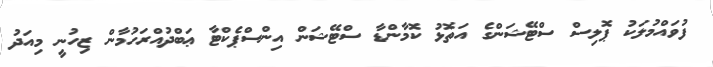
ފުވައްމުލަކު ޕޮލިސް ސްޓޭޝަންގެ އަތޮޅު ކޮމާންޑާ ސްޓޭޝަން އިންސްޕެކްޓާ ޢަބްދުއްރަހުމާން ޒިހުނީ މިއަދު